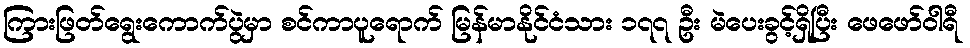
ကြားဖြတ်ရွေးကောက်ပွဲမှာ စင်ကာပူရောက် မြန်မာနိုင်ငံသား ၁၇၇ ဦး မဲပေးခွင့်ရှိပြီး ဖေဖော်ဝါရီ